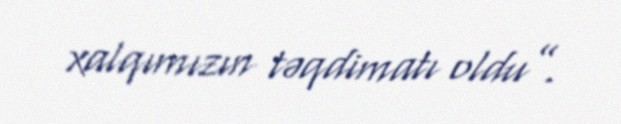
xalqımızın təqdimatı oldu”.